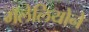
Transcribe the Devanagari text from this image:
गॅलेलियोने